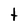
Character: t